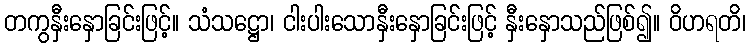
တကွနှီးနှောခြင်းဖြင့်။ သံသဋ္ဌော၊ ငါးပါးသောနှီးနှောခြင်းဖြင့် နှီးနှောသည်ဖြစ်၍။ ဝိဟရတိ၊